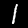
Label: 1